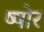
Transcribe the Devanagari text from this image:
ष्षोर